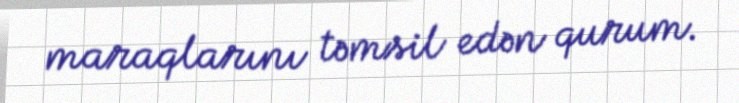
maraqlarını təmsil edən qurum.